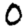
Digit: 0